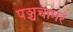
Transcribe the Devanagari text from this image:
पञ्चचामरं